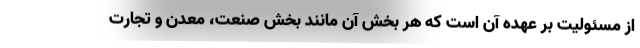
از مسئولیت بر عهده آن است که هر بخش آن مانند بخش صنعت، معدن و تجارت